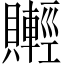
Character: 𧸰